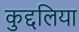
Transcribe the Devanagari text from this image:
कुद्दलिया